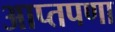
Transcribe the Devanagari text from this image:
आप्तपणा